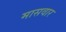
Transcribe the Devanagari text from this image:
मासवार